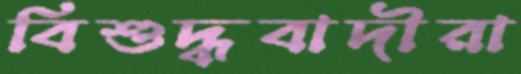
বিশুদ্ধবাদীরা